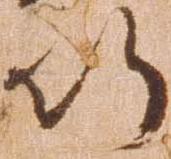
行